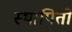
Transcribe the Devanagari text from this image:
स्थापितों